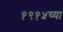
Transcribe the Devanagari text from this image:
१९१५च्या